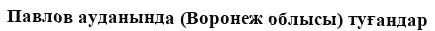
Павлов ауданында (Воронеж облысы) туғандар